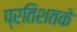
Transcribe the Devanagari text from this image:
प्रतिशतके